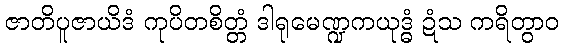
ဇာတိပူဇာယိဒံ ကုပိတစိတ္တံ ဒါရုမေဏ္ဍကယုဒ္ဓံ ဍံသ ကရိတွာဝ